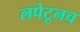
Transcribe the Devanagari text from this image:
लपेटूनच